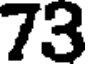
73